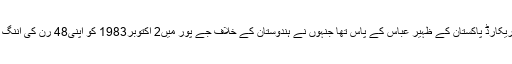
ہاشم آملہ سے پہلے یہ ریکارڈ پاکستان کے ظہیر عباس کے پاس تھا جنہوں نے ہندوستان کے خلاف جے پور میں2 اکتوبر1983 کو اپنی48 رن کی اننگ کے دوران ایسا کیا تھا۔